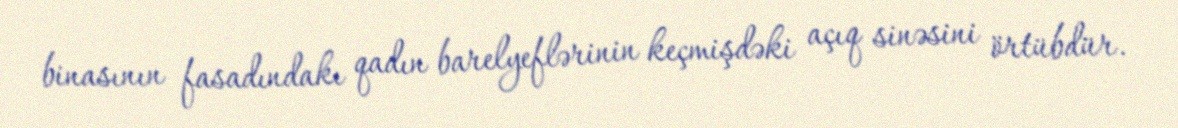
binasının fasadındakı qadın barelyeflərinin keçmişdəki açıq sinəsini örtübdür.